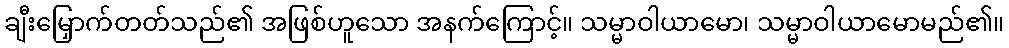
ချီးမြှောက်တတ်သည်၏ အဖြစ်ဟူသော အနက်ကြောင့်။ သမ္မာဝါယာမော၊ သမ္မာဝါယာမောမည်၏။